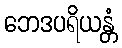
ဘေဒပရိယန္တံ